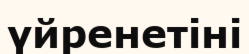
үйренетіні